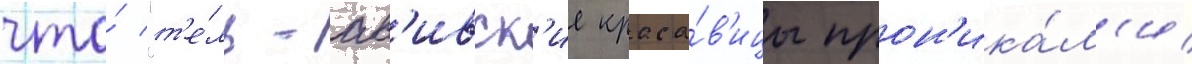
что́ "т'е́ль-ав'ивск'ие краса́в'ицы прон'ика́л'и